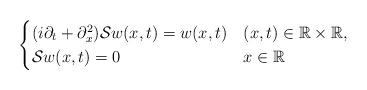
LaTeX: \begin{align*}\begin{cases}(i\partial_t+\partial_x^2)\mathcal{S}w(x,t) =w(x,t)& (x,t)\in\mathbb{R}\times\mathbb{R},\\\mathcal{S}w(x,t)=0& x\in\mathbb{R}\end{cases}\end{align*}